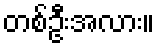
တစ်ဦးအလား။